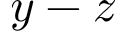
y - z